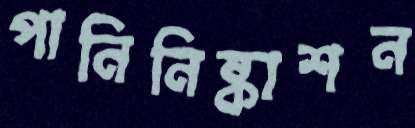
পানিনিষ্কাশন